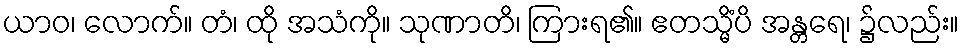
ယာဝ၊ လောက်။ တံ၊ ထို အသံကို။ သုဏာတိ၊ ကြားရ၏။ ဧတသ္မိံပိ အန္တရေ၊ ၌လည်း။